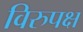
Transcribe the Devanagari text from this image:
विरुपक्ष